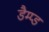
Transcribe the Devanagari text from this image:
डैम्प्ड